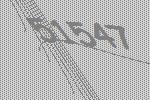
51547